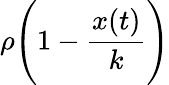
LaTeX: \rho{\Biggl(}1-{\frac{x(t)}{k}}{\Biggr)}